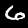
Digit: 6